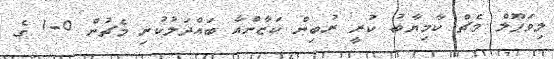
ލިވަޕޫލް މެޗް ކާމިޔާބު ކުރީ ރުބިން ކަޒާންއާ ބައްދަލުކުރި މެޗުން 0-1 ގެ